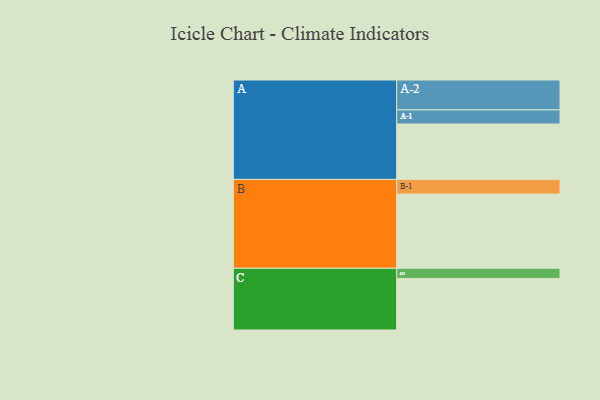
{"axis": {"x": "Segment", "y": "Value"}, "legend": ["", "A", "B", "C"], "data": [{"x": "A", "y": 431, "type": ""}, {"x": "B", "y": 577, "type": ""}, {"x": "C", "y": 401, "type": ""}, {"x": "A-1", "y": 110, "type": "A"}, {"x": "A-2", "y": 232, "type": "A"}, {"x": "B-1", "y": 114, "type": "B"}, {"x": "C-1", "y": 79, "type": "C"}]}